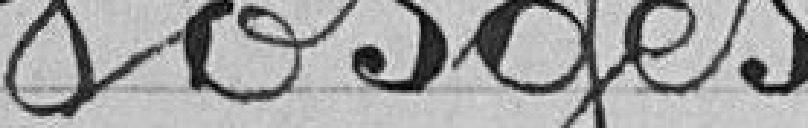
Vosges